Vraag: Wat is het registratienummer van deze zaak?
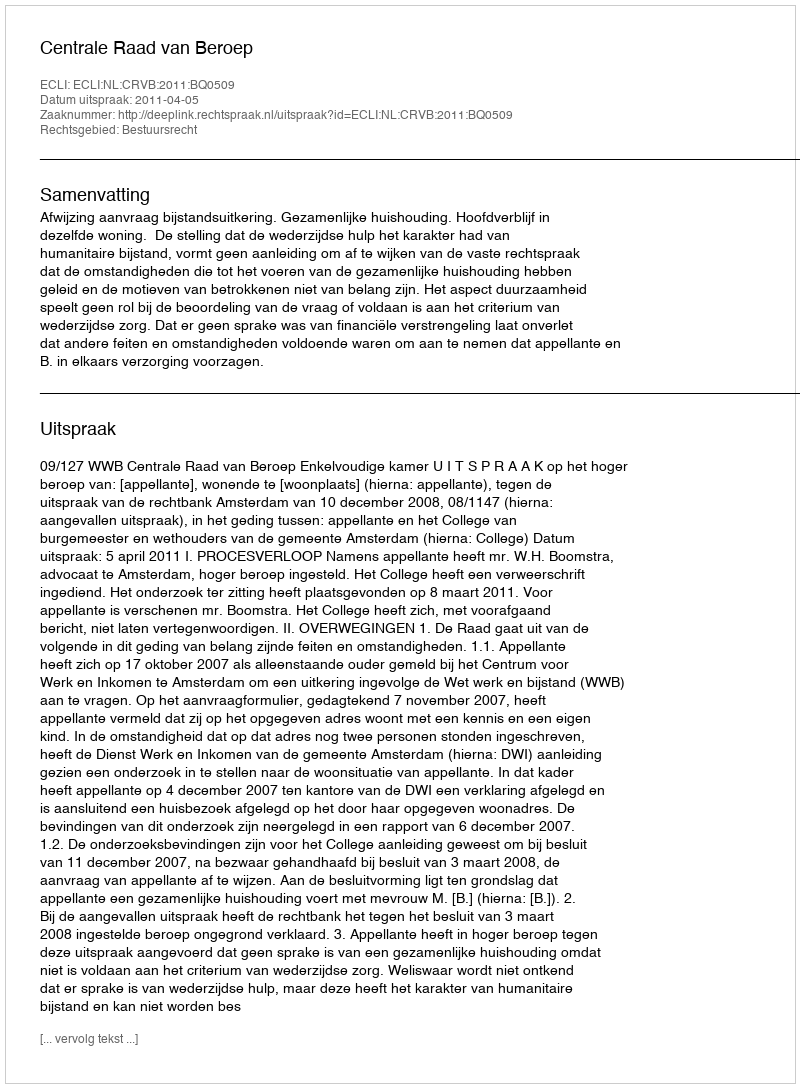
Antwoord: http://deeplink.rechtspraak.nl/uitspraak?id=ECLI:NL:CRVB:2011:BQ0509